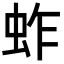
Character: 蚱